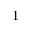
1